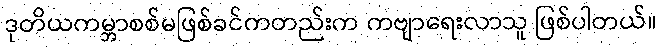
ဒုတိယကမ္ဘာစစ်မဖြစ်ခင်ကတည်းက ကဗျာရေးလာသူ ဖြစ်ပါတယ်။